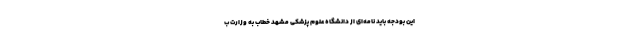
این بودجه باید نامه‌ای از دانشگاه علوم پزشکی مشهد خطاب به وزارت ب